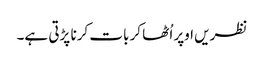
نظریں اوپر اُٹھا کر بات کرنا پڑتی ہے۔